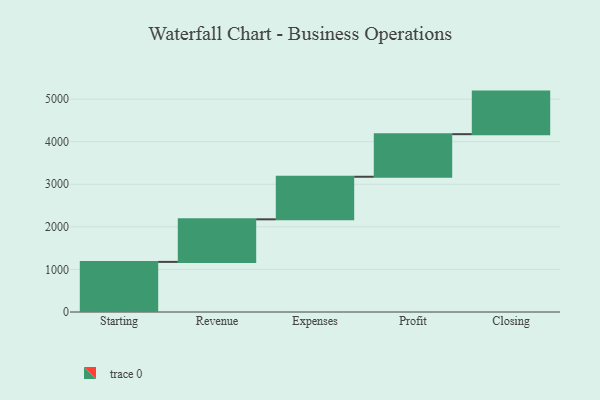
{"axis": {"x": "Step", "y": "Value"}, "legend": [""], "data": [{"x": "Starting", "y": 1177.0, "type": ""}, {"x": "Revenue", "y": 1000, "type": ""}, {"x": "Expenses", "y": 1000, "type": ""}, {"x": "Profit", "y": 1000, "type": ""}, {"x": "Closing", "y": 1000, "type": ""}]}